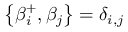
\left\{ \beta _ { i } ^ { + } , \beta _ { j } \right\} = \delta _ { i , j }